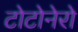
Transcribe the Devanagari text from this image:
टोटोनेरो